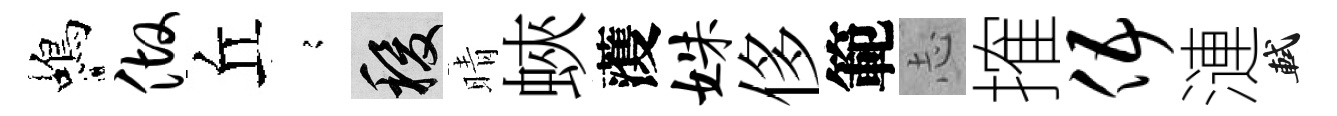
蝎做丘𡪹稷晴蛺𮑮姝侈範𢖽搉伍漣軾